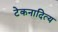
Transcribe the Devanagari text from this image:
टेकनादित्य